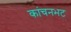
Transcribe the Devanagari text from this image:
कांचनभट